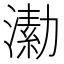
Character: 𣾗